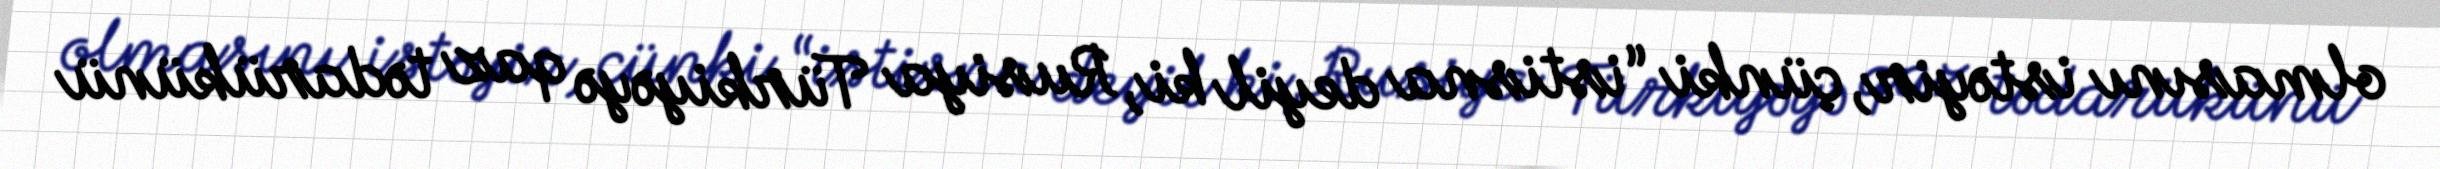
olmasını istəyir, çünki “istisna deyil ki, Rusiya Türkiyəyə qaz tədarükünü